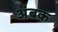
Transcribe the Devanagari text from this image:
अंबक